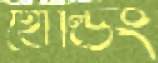
হোল্ডিং